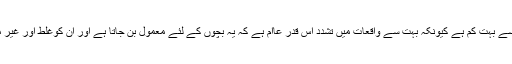
پلان انٹرنیشنل کے ایشیا ریجن کے ڈائریکٹر مارک پیٹرس کے مطابق یہ تعداد اصل سے بہت کم ہے کیونکہ بہت سے واقعات میں تشدد اس قدر عاام ہے کہ یہ بچوں کے لئے معمول بن جاتا ہے اور ان کوغلط اور غیر معمولی نہ سمجھتے ہوئے ان کو رپورٹ نہیں کرتے اور اکثر خود ملزم بن جاتے ہیں۔